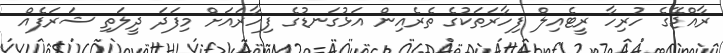
ރާއްޖޭގެ ހުރިހާ ރީޓެއިލް ފިހާރަތަކުގެ ތެރެއިން އަޅުގަނޑުގެ ފިހާރައަށް މިފަދަ ދީލަތި ޝަރަފެއް